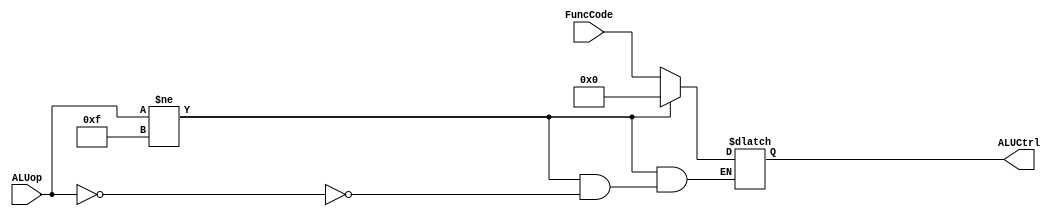
//ALU CONTROL UNIT


module aluControl_unit (ALUop, FuncCode, ALUCtrl);
    input [3:0] ALUop;         //controlling the aluControl actions
    input [3:0] FuncCode;      // from instruction
    output[3:0] ALUCtrl;       //the original 4 bit instruction/order that OUR alu expects
    reg [3:0] ALUCtrl;         // so this module works closely with OUR alu
always @ (ALUCtrl or ALUop or FuncCode)
begin
if(ALUop!=4'b1111)
    begin
      case(ALUop)
        4'b0000: begin //means L type
                 ALUCtrl = 4'b0000;
                 end
      endcase
        /*
        case(FuncCode)

        6'b100000 :ALUCtrl = `ADD;
        6'b100010 :ALUCtrl = `SUB;
        //6'b100001 :ALUCtrl =  `ADDU;
        //6'b100011 :ALUCtrl =  `SUBU;
        //6'b000000 :ALUCtrl = `NOP;
        endcase
        */
    end
else ALUCtrl = FuncCode;

end
endmodule